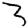
Digit: 3